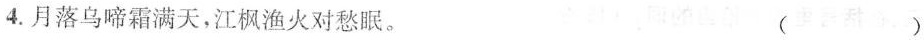
4.月落乌啼霜满天，江枫渔火对愁眠。 ( )